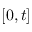
[ 0 , t ]